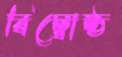
বিম্বোষ্ঠ